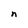
Character: n